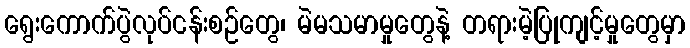
ရွေးကောက်ပွဲလုပ်ငန်းစဉ်တွေ၊ မဲမသမာမှုတွေနဲ့ တရားမဲ့ပြုကျင့်မှုတွေမှာ